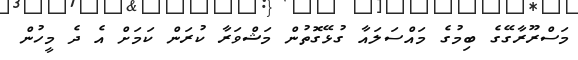
މަސްރޫރާގޭގެ ބިމުގެ މައްސަލައާ ގުޅޭގޮތުން މަޝްވަރާ ކުރަން ކަމަށް އެ ދެ މީހުން